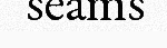
seams